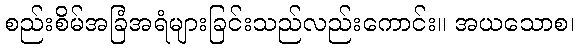
စည်းစိမ်အခြံအရံများခြင်းသည်လည်းကောင်း။ အယသောစ၊